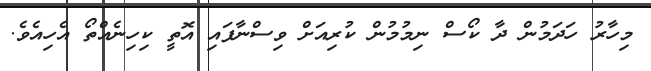
މިހާރު ހަދަމުން ދާ ކޯސް ނިމުމުން ކުރިއަށް ވިސްނާފައި އޮތީ ކިހިނެއްތޯ އެހިއެވެ.